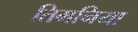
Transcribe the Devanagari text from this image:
तिमनिया